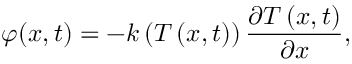
\varphi ( x , t ) = - k \left( T \left( x , t \right) \right) \frac { \partial T \left( x , t \right) } { \partial x } ,